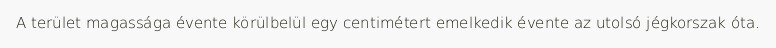
A terület magassága évente körülbelül egy centimétert emelkedik évente az utolsó jégkorszak óta.